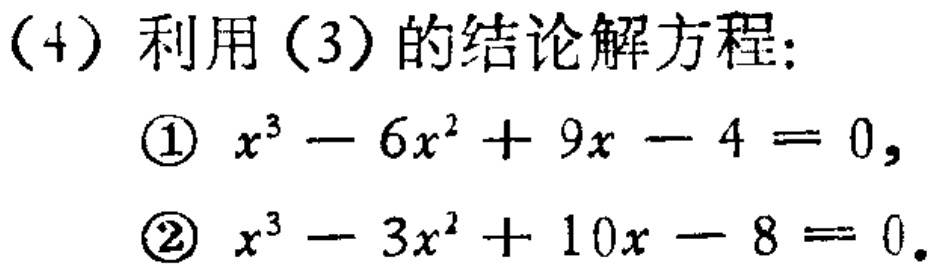
(4) 利用 (3) 的结论解方程：
\textcircled{1} \(x^{3}-6x^{2}+9x - 4 = 0\)，
\textcircled{2} \(x^{3}-3x^{2}+10x - 8 = 0\)。